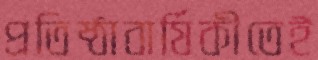
প্রতিষ্ঠাবার্ষিকীতেই